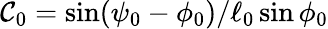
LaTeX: \mathcal{C}_{0}=\sin(\psi_{0}-\phi_{0})/\ell_{0}\sin\phi_{0}